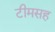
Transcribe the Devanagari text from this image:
टीमसह